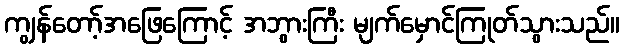
ကျွန်တော့်အဖြေကြောင့် အဘွားကြီး မျက်မှောင်ကြုတ်သွားသည်။